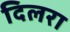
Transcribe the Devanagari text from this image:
दिलरा